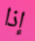
إذا